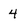
Character: 4